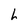
Character: h